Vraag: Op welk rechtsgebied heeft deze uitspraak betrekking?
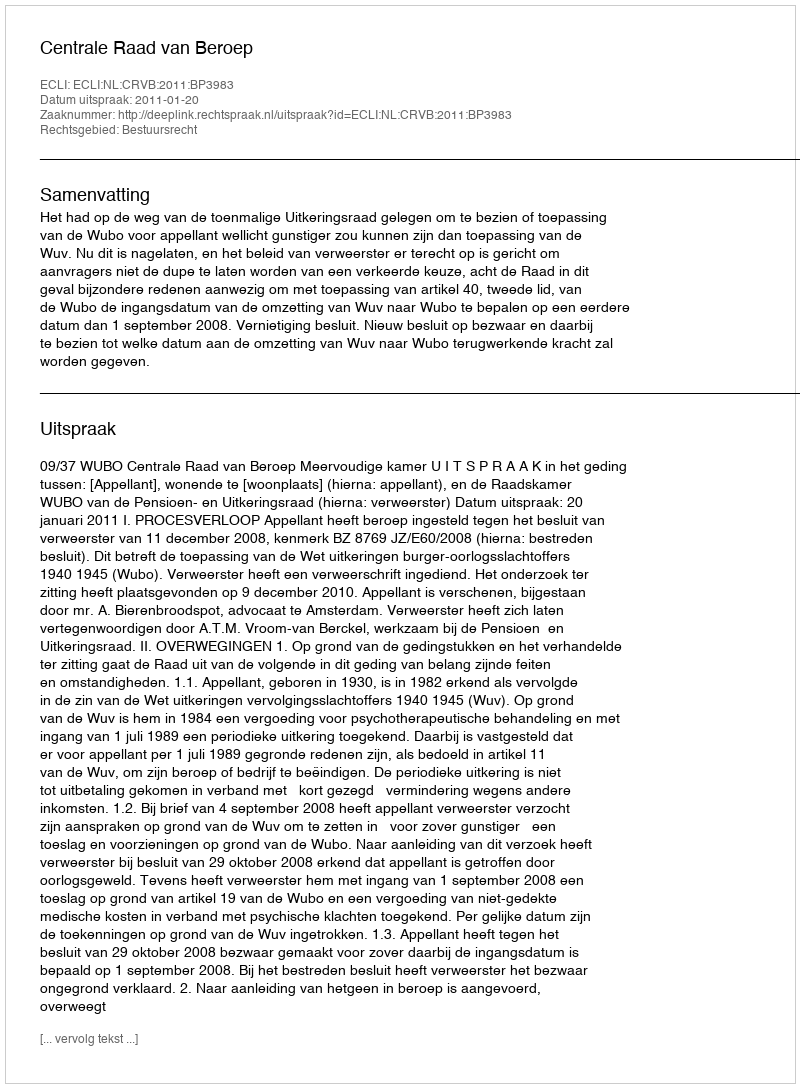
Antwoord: Bestuursrecht